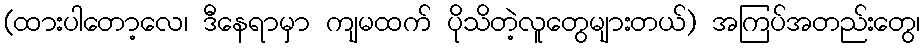
(ထားပါတော့လေ၊ ဒီနေရာမှာ ကျမထက် ပိုသိတဲ့လူတွေများတယ်) အကြပ်အတည်းတွေ၊